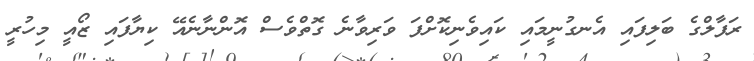
ރަފާލްގެ ބަލިފައި އެނގުނީމައި ކައިވެނިކޮށްފަ ވަރިވާނެ ގޮތްވެސް އޮންނާނެއޭ ކިޔާފައި ޒޯއީ މިހުރީ